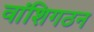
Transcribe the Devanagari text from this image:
वांशिगठन